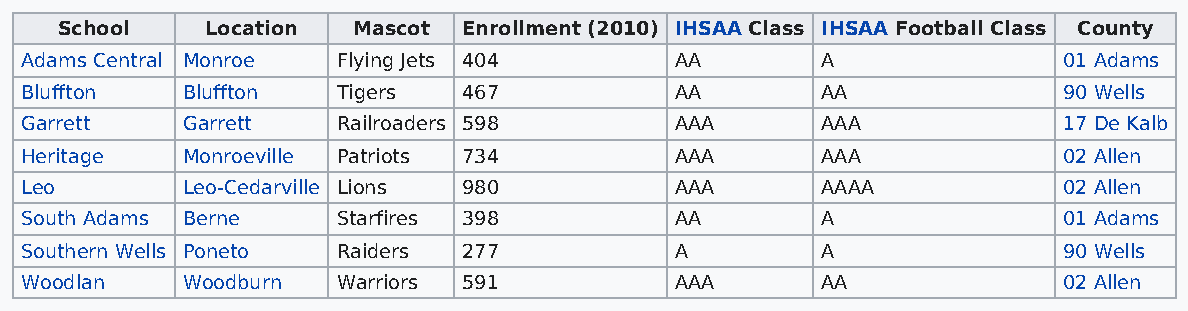
School    Location Mascot  Enrollment (2010) IHSAA Class IHSAA Football Class County
 Adams Central Monroe Flying Jets 404        AA       A               01 Adams
 Bluffton   Bluffton  Tigers   467           AA       AA              90 Wells
 Garrett    Garrett   Railroaders 598        AAA      AAA             17 De Kalb
 Heritage   Monroeville Patriots 734         AAA      AAA             02 Allen
 Leo        Leo-Cedarville Lions 980         AAA      AAAA            02 Allen
 South Adams Berne    Starfires 398          AA       A               01 Adams
 Southern Wells Poneto Raiders 277           A        A               90 Wells
 Woodlan    Woodburn  Warriors 591           AAA      AA              02 Allen